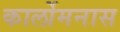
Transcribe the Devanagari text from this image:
कार्लोमनास